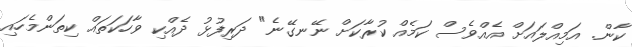
ކާން. އަމިއްލައަށް އެއްވެސް ކަމެއް ކުރާކަށް ނޭނގޭނެ" ދަރިފުޅު ދެއްކި ވާހަކަތައް ކިތަންމެހައި